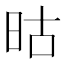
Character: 𬀬